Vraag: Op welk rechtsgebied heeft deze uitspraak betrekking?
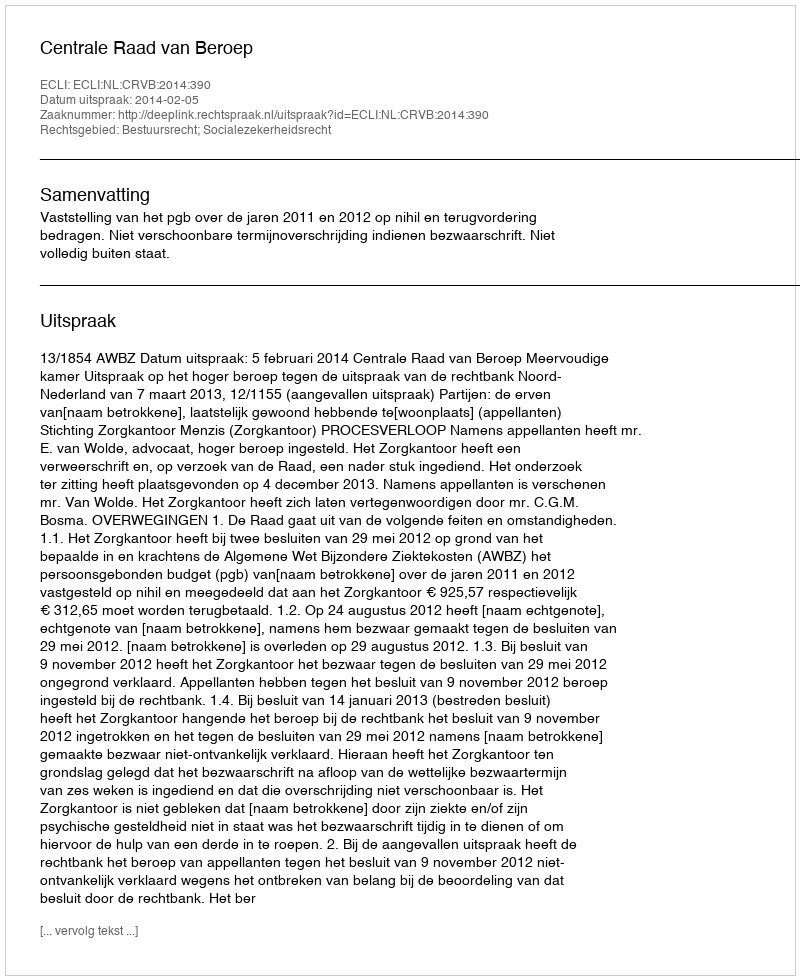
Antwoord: Bestuursrecht; Socialezekerheidsrecht